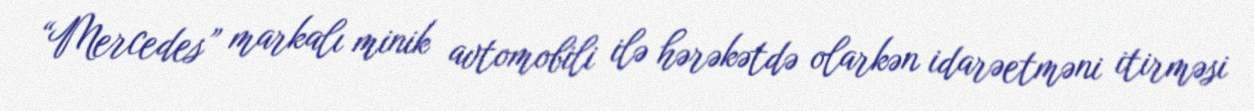
“Mercedes” markalı minik avtomobili ilə hərəkətdə olarkən idarəetməni itirməsi